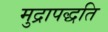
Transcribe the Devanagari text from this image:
मुद्रापद्धति